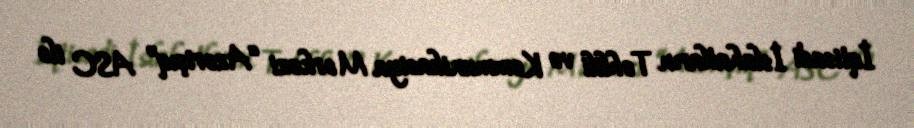
İqtisadi İslahatların Təhlili və Kommunikasiya Mərkəzi “Azərişıq” ASC ilə